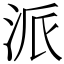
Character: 派